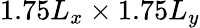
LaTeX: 1.75L_{x}\times 1.75L_{y}